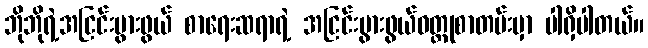
ဘိုဘိုရဲ့အငြင်းပွားဖွယ် စာရေးဆရာရဲ့ အငြင်းပွားဖွယ်ဝတ္ထုစာတမ်းမှာ ပါရှိပါတယ်။